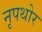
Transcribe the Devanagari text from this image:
नृपथोर